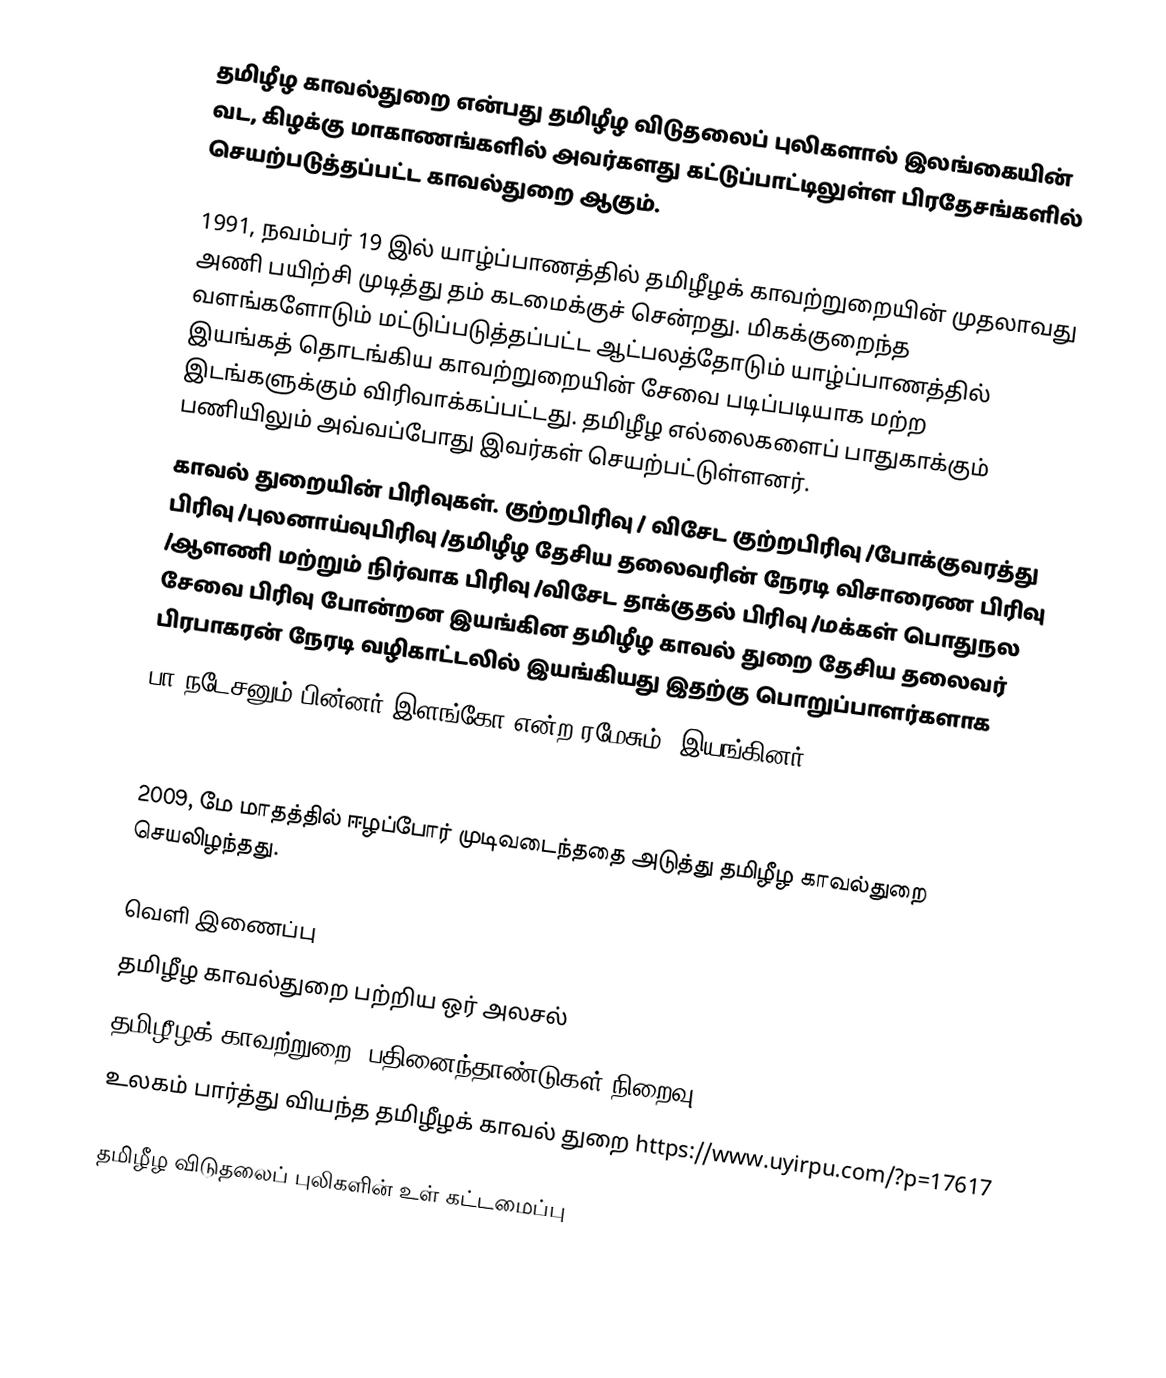
தமிழீழ காவல்துறை என்பது தமிழீழ விடுதலைப் புலிகளால் இலங்கையின் வட, கிழக்கு மாகாணங்களில் அவர்களது கட்டுப்பாட்டிலுள்ள பிரதேசங்களில் செயற்படுத்தப்பட்ட காவல்துறை ஆகும்.

1991, நவம்பர் 19 இல் யாழ்ப்பாணத்தில் தமிழீழக் காவற்றுறையின் முதலாவது அணி பயிற்சி முடித்து தம் கடமைக்குச் சென்றது. மிகக்குறைந்த வளங்களோடும் மட்டுப்படுத்தப்பட்ட ஆட்பலத்தோடும் யாழ்ப்பாணத்தில் இயங்கத் தொடங்கிய காவற்றுறையின் சேவை படிப்படியாக மற்ற இடங்களுக்கும் விரிவாக்கப்பட்டது. தமிழீழ எல்லைகளைப் பாதுகாக்கும் பணியிலும் அவ்வப்போது இவர்கள் செயற்பட்டுள்ளனர்.
காவல் துறையின் பிரிவுகள். குற்றபிரிவு / விசேட குற்றபிரிவு /போக்குவரத்து பிரிவு /புலனாய்வுபிரிவு /தமிழீழ தேசிய தலைவரின் நேரடி விசாரைண பிரிவு /ஆளணி மற்றும் நிர்வாக பிரிவு /விசேட தாக்குதல் பிரிவு /மக்கள் பொதுநல சேவை பிரிவு போன்றன இயங்கின தமிழீழ காவல் துறை தேசிய தலைவர் பிரபாகரன் நேரடி வழிகாட்டலில் இயங்கியது இதற்கு பொறுப்பாளர்களாக
பா.நடேசனும்.பின்னர் இளங்கோ என்ற ரமேசும். இயங்கினர்.

2009, மே மாதத்தில் ஈழப்போர் முடிவடைந்ததை அடுத்து தமிழீழ காவல்துறை செயலிழந்தது.

வெளி இணைப்பு
 தமிழீழ காவல்துறை பற்றிய ஒர் அலசல்
 தமிழீழக் காவற்றுறை -பதினைந்தாண்டுகள் நிறைவு
உலகம் பார்த்து வியந்த தமிழீழக் காவல் துறை https://www.uyirpu.com/?p=17617

தமிழீழ விடுதலைப் புலிகளின் உள் கட்டமைப்பு